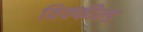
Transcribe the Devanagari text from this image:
विक्फील्ड